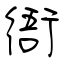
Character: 衙